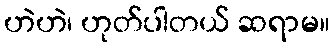
ဟဲဟဲ၊ ဟုတ်ပါတယ် ဆရာမ။